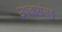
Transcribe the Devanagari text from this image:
उपचारांसह